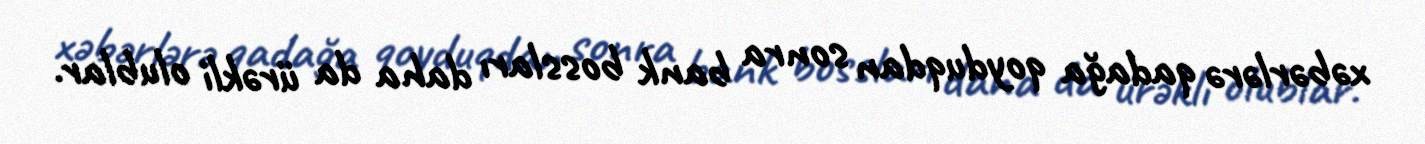
xəbərlərə qadağa qoyduqdan sonra bank bossları daha da ürəkli olublar.